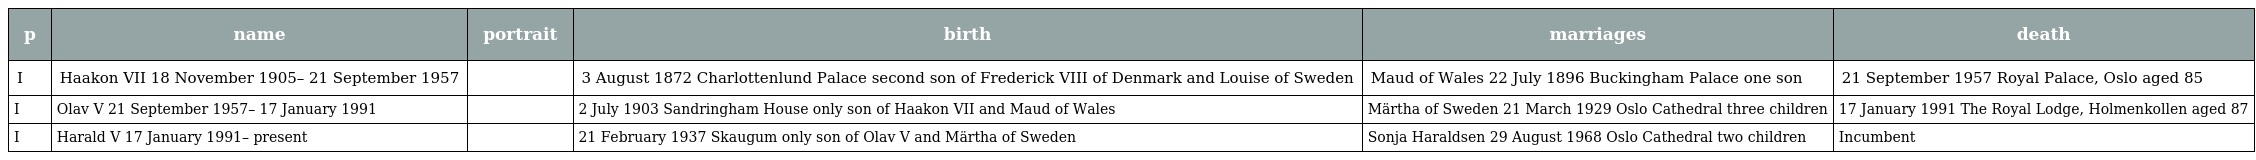
| p | name | portrait | birth | marriages | death |
 | --- | --- | --- | --- | --- | --- |
 | I | Haakon VII 18 November 1905– 21 September 1957 |  | 3 August 1872 Charlottenlund Palace second son of Frederick VIII of Denmark and Louise of Sweden | Maud of Wales 22 July 1896 Buckingham Palace one son | 21 September 1957 Royal Palace, Oslo aged 85 |
 | I | Olav V 21 September 1957– 17 January 1991 |  | 2 July 1903 Sandringham House only son of Haakon VII and Maud of Wales | Märtha of Sweden 21 March 1929 Oslo Cathedral three children | 17 January 1991 The Royal Lodge, Holmenkollen aged 87 |
 | I | Harald V 17 January 1991– present |  | 21 February 1937 Skaugum only son of Olav V and Märtha of Sweden | Sonja Haraldsen 29 August 1968 Oslo Cathedral two children | Incumbent |